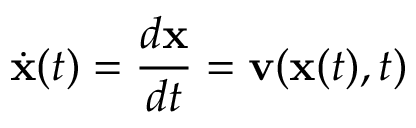
\dot { { \mathbf x } } ( t ) = \frac { d { \mathbf x } } { d t } = { \mathbf v } ( { \mathbf x } ( t ) , t )